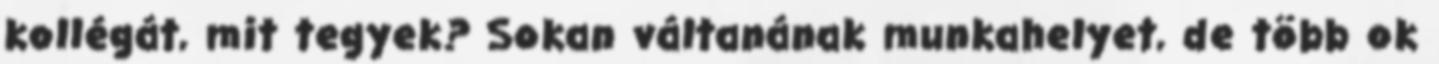
kollégát, mit tegyek? Sokan váltanának munkahelyet, de több ok